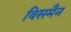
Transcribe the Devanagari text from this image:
विसमैन